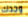
وجدك